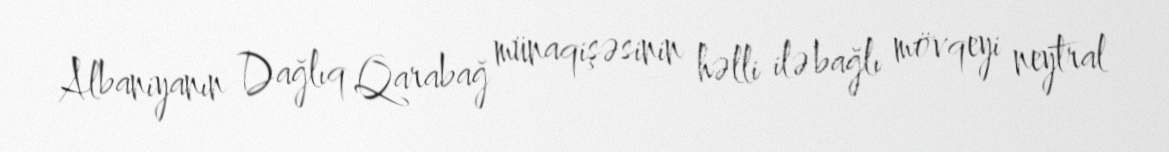
Albaniyanın Dağlıq Qarabağ münaqişəsinin həlli ilə bağlı mövqeyi neytral